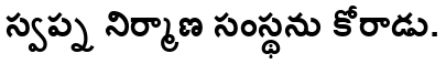
స్వప్న నిర్మాణ సంస్థను కోరాడు.